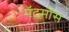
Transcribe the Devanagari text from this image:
पॅटमॉस